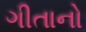
ગીતાનો